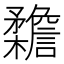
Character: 𣠳